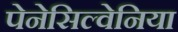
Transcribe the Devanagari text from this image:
पेनेसिल्वेनिया